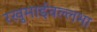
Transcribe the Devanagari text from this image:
रखुमाईवल्लभा